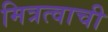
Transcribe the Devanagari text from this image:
मित्रत्वाची